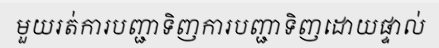
មួយរត់ការបញ្ជាទិញការបញ្ជាទិញដោយផ្ទាល់